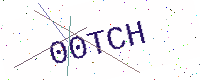
Text: 00TCH